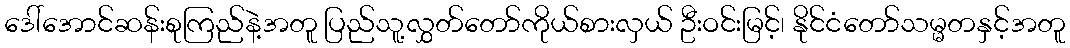
ဒေါ်အောင်ဆန်းစုကြည်နဲ့အတူ ပြည်သူ့လွှတ်တော်ကိုယ်စားလှယ် ဦးဝင်းမြင့်၊ နိုင်ငံတော်သမ္မတနှင့်အတူ